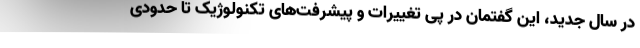
در سال جدید، این گفتمان در پی تغییرات و پیشرفت‌های تکنولوژیک تا حدودی